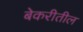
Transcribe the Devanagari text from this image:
बेकरीतील